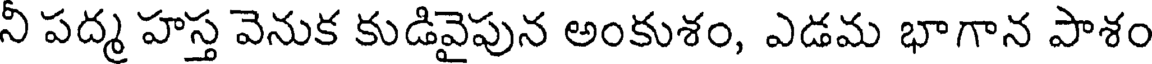
నీ పద్మ హస్త వెనుక కుడివైపున అంకుశం, ఎడమ భాగాన పాశం